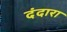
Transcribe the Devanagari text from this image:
दंदारा